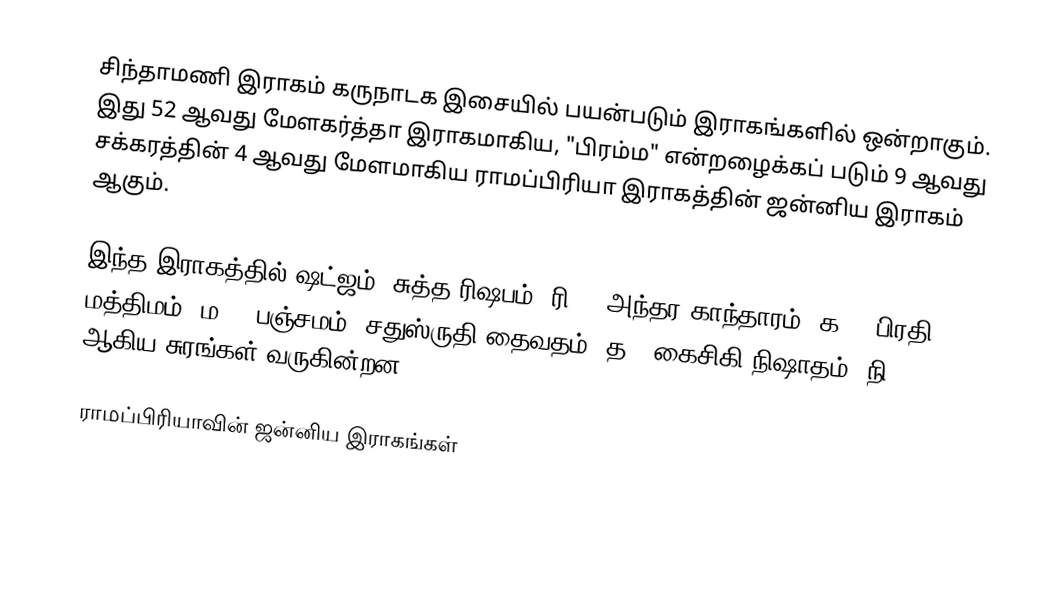
சிந்தாமணி இராகம் கருநாடக இசையில் பயன்படும் இராகங்களில் ஒன்றாகும். இது 52 ஆவது மேளகர்த்தா இராகமாகிய, "பிரம்ம" என்றழைக்கப் படும் 9 ஆவது சக்கரத்தின் 4 ஆவது மேளமாகிய ராமப்பிரியா இராகத்தின் ஜன்னிய இராகம் ஆகும்.

இந்த இராகத்தில் ஷட்ஜம், சுத்த ரிஷபம் (ரி1),  அந்தர காந்தாரம் (க3), பிரதி மத்திமம் (ம2), பஞ்சமம்,  சதுஸ்ருதி தைவதம் (த2) கைசிகி நிஷாதம்  (நி2) ஆகிய சுரங்கள் வருகின்றன.

ராமப்பிரியாவின் ஜன்னிய இராகங்கள்